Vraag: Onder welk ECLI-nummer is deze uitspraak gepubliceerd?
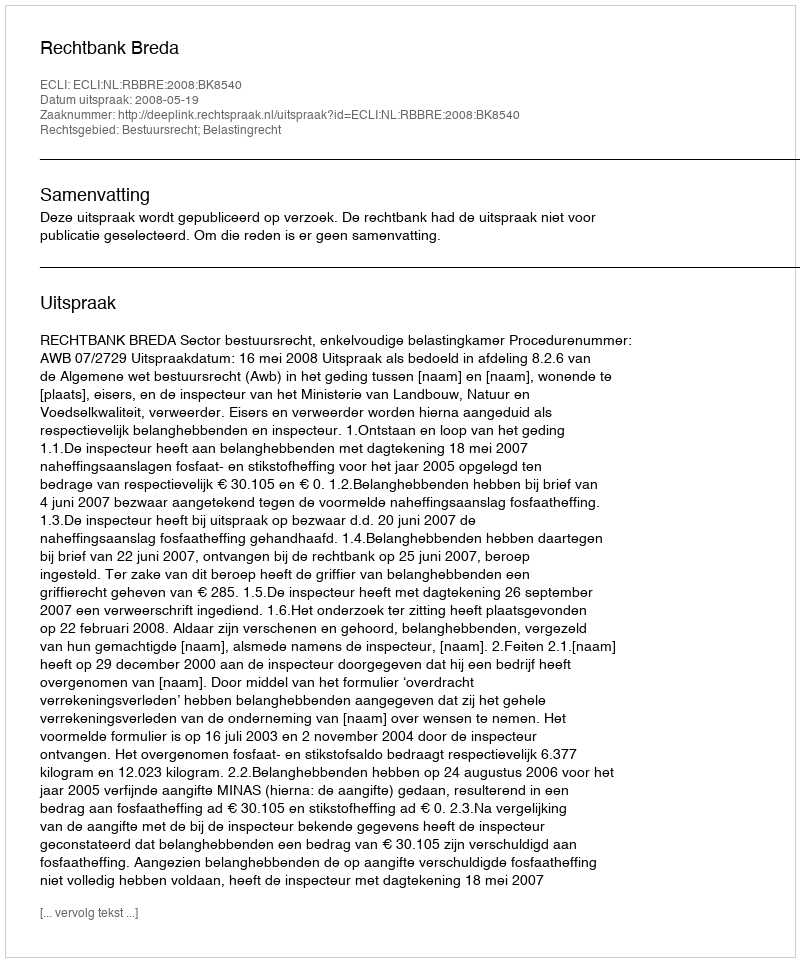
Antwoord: ECLI:NL:RBBRE:2008:BK8540